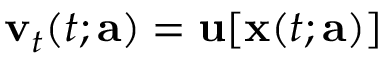
{ \mathbf v } _ { t } ( t ; { \mathbf a } ) = { \mathbf u } [ { \mathbf x } ( t ; { \mathbf a } ) ]